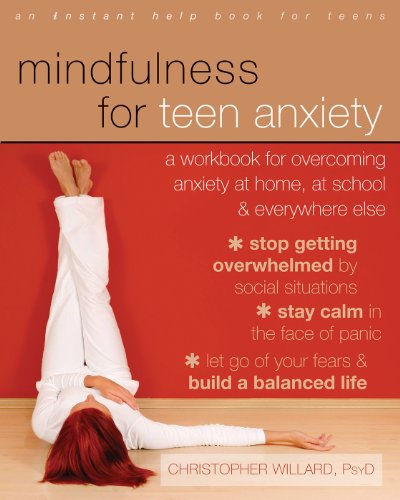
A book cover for Mindfulness for Teen Anxiety: A Workbook for Overcoming Anxiety at Home, at School, and Everywhere Else (Teen Instant Help); Christopher Willard PsyD; Parenting & Relationships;